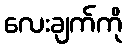
လေးချက်ကို